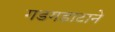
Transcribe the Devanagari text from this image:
गडगडाटाने